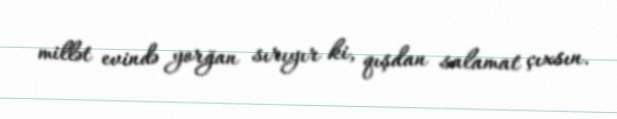
millət evində yorğan sırıyır ki, qışdan salamat çıxsın.